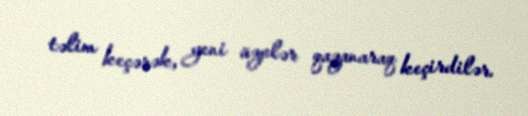
təlim keçərək, yeni üzvlər qazanaraq keçirdilər.